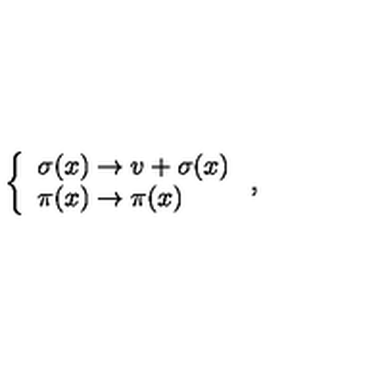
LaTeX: \left\{ \begin{array} { l l } { \sigma ( x ) \rightarrow v + \sigma ( x ) } \\ { \pi ( x ) \rightarrow \pi ( x ) } \\ \end{array} \right. ,